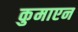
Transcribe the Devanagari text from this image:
कुमाएन